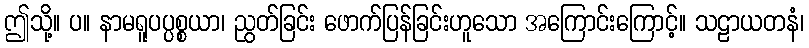
ဤသို့။ ပ။ နာမရူပပ္ပစ္စယာ၊ ညွတ်ခြင်း ဖောက်ပြန်ခြင်းဟူသော အကြောင်းကြောင့်။ သဠာယတနံ၊